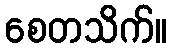
စေတသိက်။